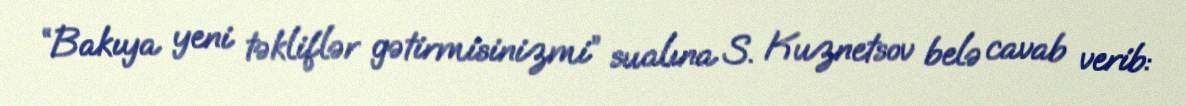
“Bakıya yeni təkliflər gətirmisinizmi” sualına S. Kuznetsov belə cavab verib: